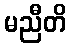
မညီတိ